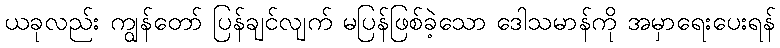
ယခုလည်း ကျွန်တော် ပြန်ချင်လျက် မပြန်ဖြစ်ခဲ့သော ဒေါသမာန်ကို အမှာရေးပေးရန်